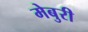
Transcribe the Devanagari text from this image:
मेबुरी